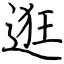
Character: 逛